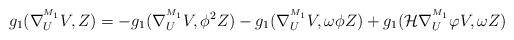
LaTeX: \begin{align*}g_{1}(\nabla^{^{M_1}}_{U}V,Z)&=-g_{1}(\nabla^{^{M_1}}_{U}V,\phi ^{2}Z)-g_{1}(\nabla^{^{M_1}}_{U}V,\omega \phi Z)+g_{1}(\mathcal{H}\nabla^{^{M_1}}_{U}\varphi V,\omega Z)\end{align*}